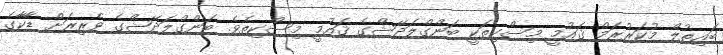
ބައިތުލް މުކަރުރަމް ޤައުމީ މިސްކިތަކީ ބަންގްލަދޭޝްގެ ޤައުމީ މިސްކިތެވެ. ބަންގްލަދޭޝްގެ ވެރިރަށް ޑާކާގެ